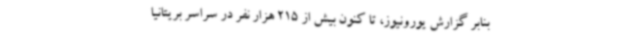
بنابر گزارش یورونیوز، تا کنون بیش از 215 هزار نفر در سراسر بریتانیا